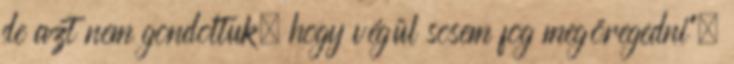
de azt nem gondoltuk, hogy végül sosem fog megöregedni".